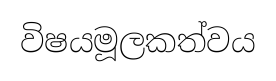
විෂයමූලකත්වය